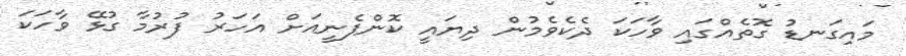
މައިގަނޑު ގޮތެއްގައި ވާހަކަ ދެކެވެމުން ދިޔައީ ކޮންޕެނީއަށް އަހަރު ފުރުމާ ގުޅޭ ވާހަކަ